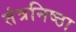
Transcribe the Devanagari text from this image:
तंत्रनिष्ठा